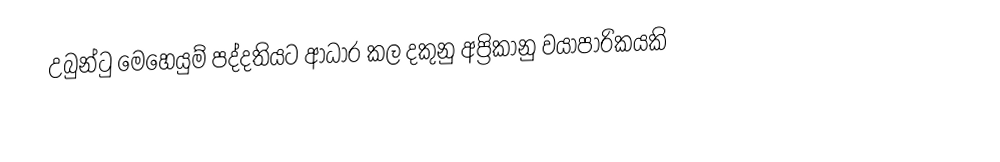
උබුන්ටු මෙහෙයුම් පද්දතියට ආධාර කල දකුනු අප්‍රිකානු වයාපාරිකයකි